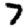
Digit: 7